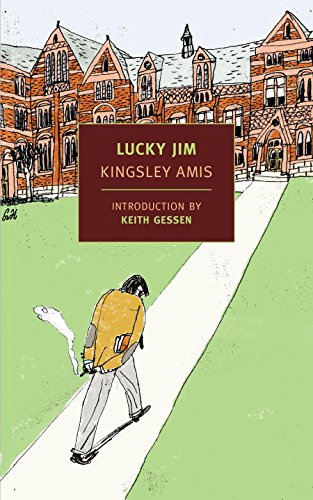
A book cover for Lucky Jim (New York Review Books Classics); Kingsley Amis; Literature & Fiction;